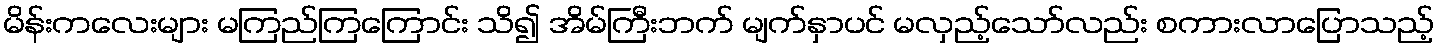
မိန်းကလေးများ မကြည်ကြကြောင်း သိ၍ အိမ်ကြီးဘက် မျက်နှာပင် မလှည့်သော်လည်း စကားလာပြောသည့်